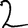
Digit: 2